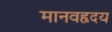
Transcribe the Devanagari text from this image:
मानवहृदय